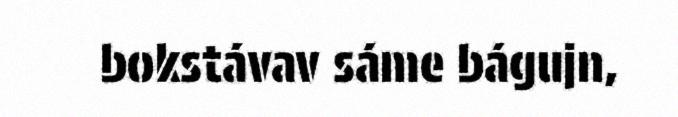
bokstávav sáme bágujn,